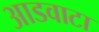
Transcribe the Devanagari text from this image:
आडवाटा